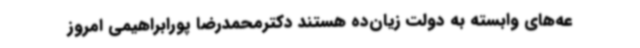
عه‌های وابسته به دولت زیان‌ده هستند دکترمحمدرضا پورابراهیمی امروز